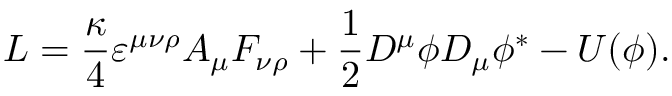
{ \cal L } = \frac \kappa 4 \varepsilon ^ { \mu \nu \rho } A _ { \mu } F _ { \nu \rho } + \frac 1 2 D ^ { \mu } \phi D _ { \mu } \phi ^ { * } - U ( \phi ) .